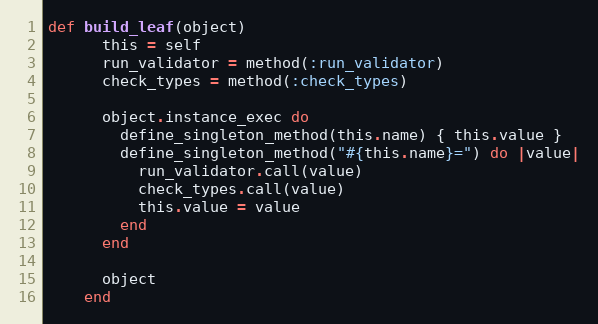
Language: Ruby
def build_leaf(object)
      this = self
      run_validator = method(:run_validator)
      check_types = method(:check_types)

      object.instance_exec do
        define_singleton_method(this.name) { this.value }
        define_singleton_method("#{this.name}=") do |value|
          run_validator.call(value)
          check_types.call(value)
          this.value = value
        end
      end

      object
    end